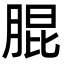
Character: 䐊